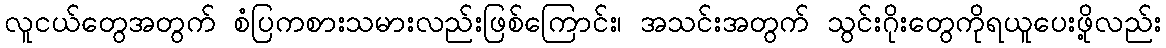
လူငယ်တွေအတွက် စံပြကစားသမားလည်းဖြစ်ကြောင်း၊ အသင်းအတွက် သွင်းဂိုးတွေကိုရယူပေးဖို့လည်း